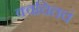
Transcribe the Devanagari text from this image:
क्वचितचं